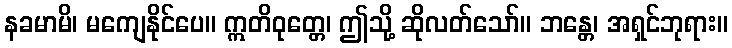
နခမာမိ၊ မကျေနိုင်ပေ။ ဣတိဝုတ္တေ၊ ဤသို့ ဆိုလတ်သော်။ ဘန္တေ၊ အရှင်ဘုရား။